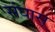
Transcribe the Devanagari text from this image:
संघास्